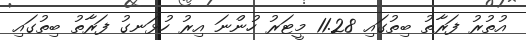
އުތުރު ފަރާތު ބިތުގައި 11.28 މީޓަރު ހުންނަ އިރު ހުޅަނގު ފަރާތު ބިތުގައި